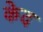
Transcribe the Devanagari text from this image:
केद